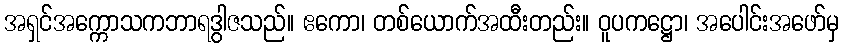
အရှင်အက္ကောသကဘာရဒွါဇသည်။ ဧကော၊ တစ်ယောက်အထီးတည်း။ ဝူပကဋ္ဌော၊ အပေါင်းအဖော်မှ